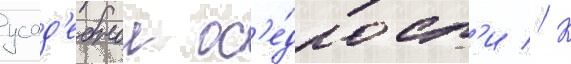
усад'ебнои ос'е́длост'и // К